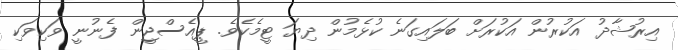
އިރުޝާދު އަކުރުން އަކުރަށް ބަލައިގަނެ ކުޅެމުން ދިޔަ ޓީމެކެވެ. ޕީއެސްޖީން ފެނުނީ ވަކިވަކި